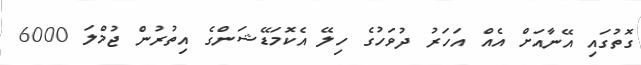
ގޮތުގައި އޭނާއަށް އެއް އަހަރު ދުވަހުގެ ހިލޭ އެކޮމަޑޭޝަންގެ އިތުރުން ޖުމްލަ 6000